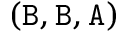
( \mathtt { B } , \mathtt { B } , \mathtt { A } )